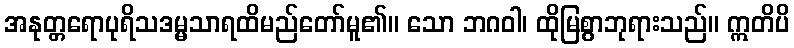
အနုတ္တရောပုရိသဒမ္မသာရထိမည်တော်မူ၏။ သော ဘဂဝါ၊ ထိုမြစွာဘုရားသည်။ ဣတိပိ